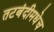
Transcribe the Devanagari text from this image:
तटबंदीमधेच